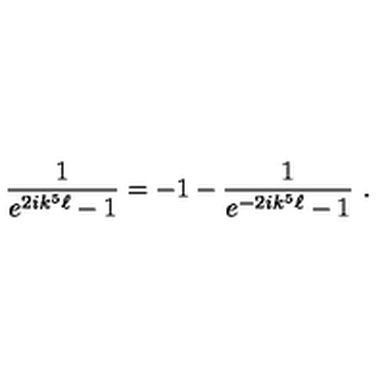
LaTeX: { \frac { 1 } { e ^ { 2 i k ^ { 5 } \ell } - 1 } } = - 1 - { \frac { 1 } { e ^ { - 2 i k ^ { 5 } \ell } - 1 } } \ .